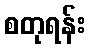
စတုရန်း